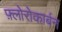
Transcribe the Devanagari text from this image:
फ़्लोरोकार्बन